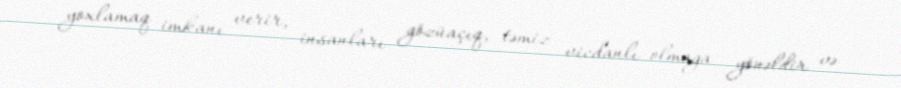
yoxlamaq imkanı verir, insanları gözüaçıq, təmiz vicdanlı olmağa yönəldir və